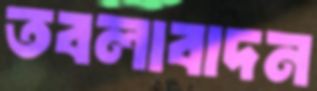
তবলাবাদন